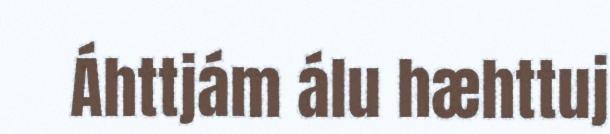
Áhttjám álu hæhttuj